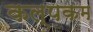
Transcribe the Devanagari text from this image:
कल्पकम